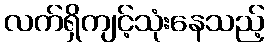
လက်ရှိကျင့်သုံးနေသည့်